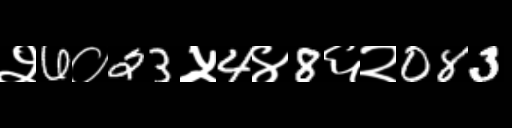
Text: २6०23५4४8६२083